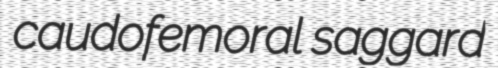
caudofemoral saggard